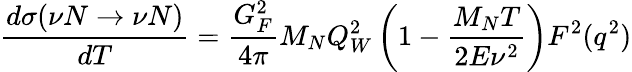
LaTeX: \frac{d\sigma(\nu N\rightarrow\nu N)}{dT}=\frac{G_{F}^{2}}{4\pi}M_{N}Q_{W}^{2}\left(1-\frac{M_{N}T}{2E\nu^{2}}\right)F^{2}(q^{2})